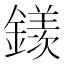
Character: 𨬢